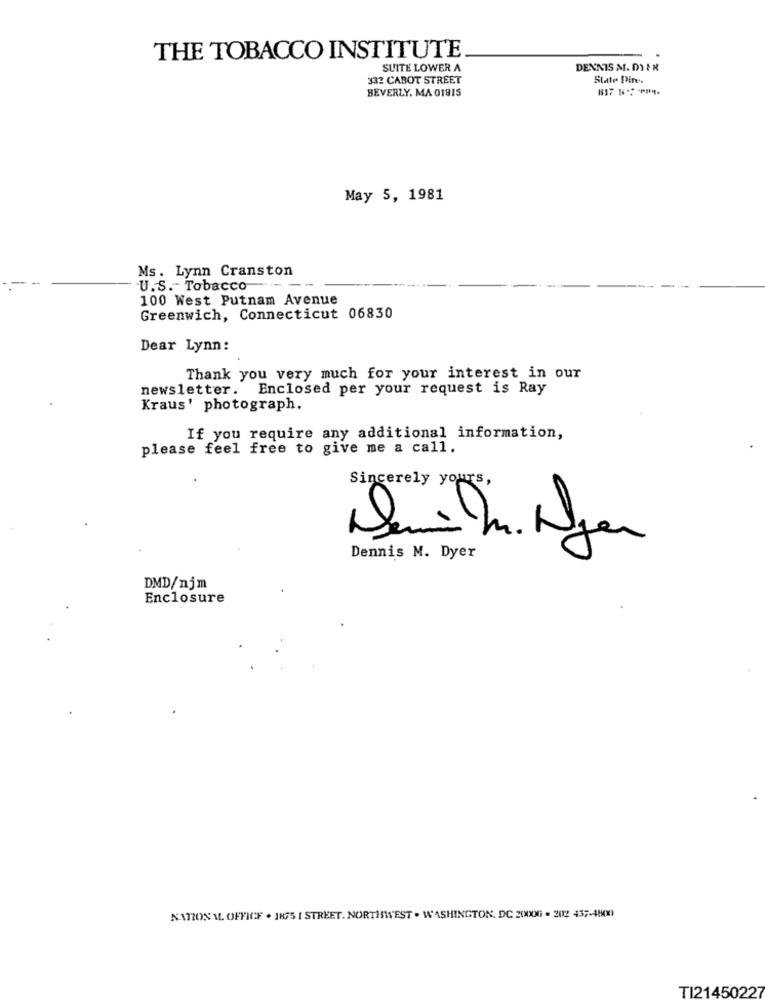
THE TOBACCO INSTITUTE
SUITE LOWER A
DENNIS M. DI FR
332 CABOT STREET
Slate Pin.
BEVERLY. MA 01815
May 5, 1981
Ms. Lynn Cranston
U.S. Tobacco
100 West Putnam Avenue
Greenwich, Connecticut 06830
Dear Lynn:
Thank you very much for your interest in our
newsletter. Enclosed per your request is Ray
Kraus' photograph.
If you require any additional information,
please feel free to give me a call.
Sincerely yours,
Dennis M. Dyer
DMD/njm
Enclosure
NATION ML. OFFICE . 1875 [ STREET. NORTHWEST . WASHINGTON, DC 20006 - 202 437-4800)
TI21450227